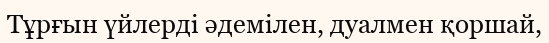
Тұрғын үйлерді әдемілен, дуалмен қоршай,